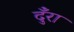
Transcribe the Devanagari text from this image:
दुँरा